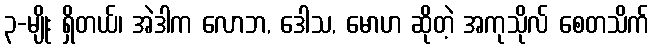
၃-မျိုး ရှိတယ်၊ အဲဒါက လောဘ, ဒေါသ, မောဟ ဆိုတဲ့ အကုသိုလ် စေတသိက်